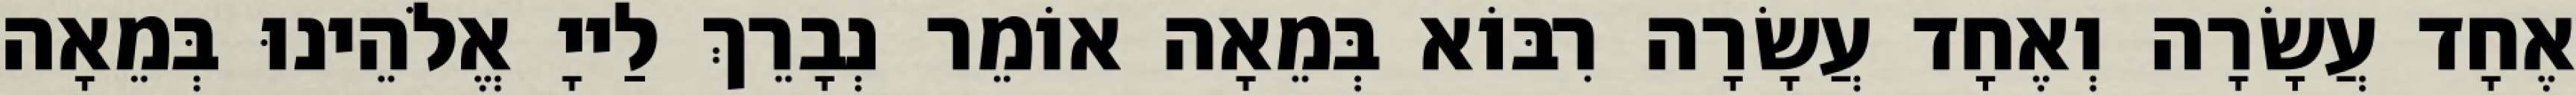
אֶחָד עֲשָׂרָה וְאֶחָד עֲשָׂרָה רִבּוֹא בְּמֵאָה אוֹמֵר נְבָרֵךְ לַייָ אֱלֹהֵינוּ בְּמֵאָה